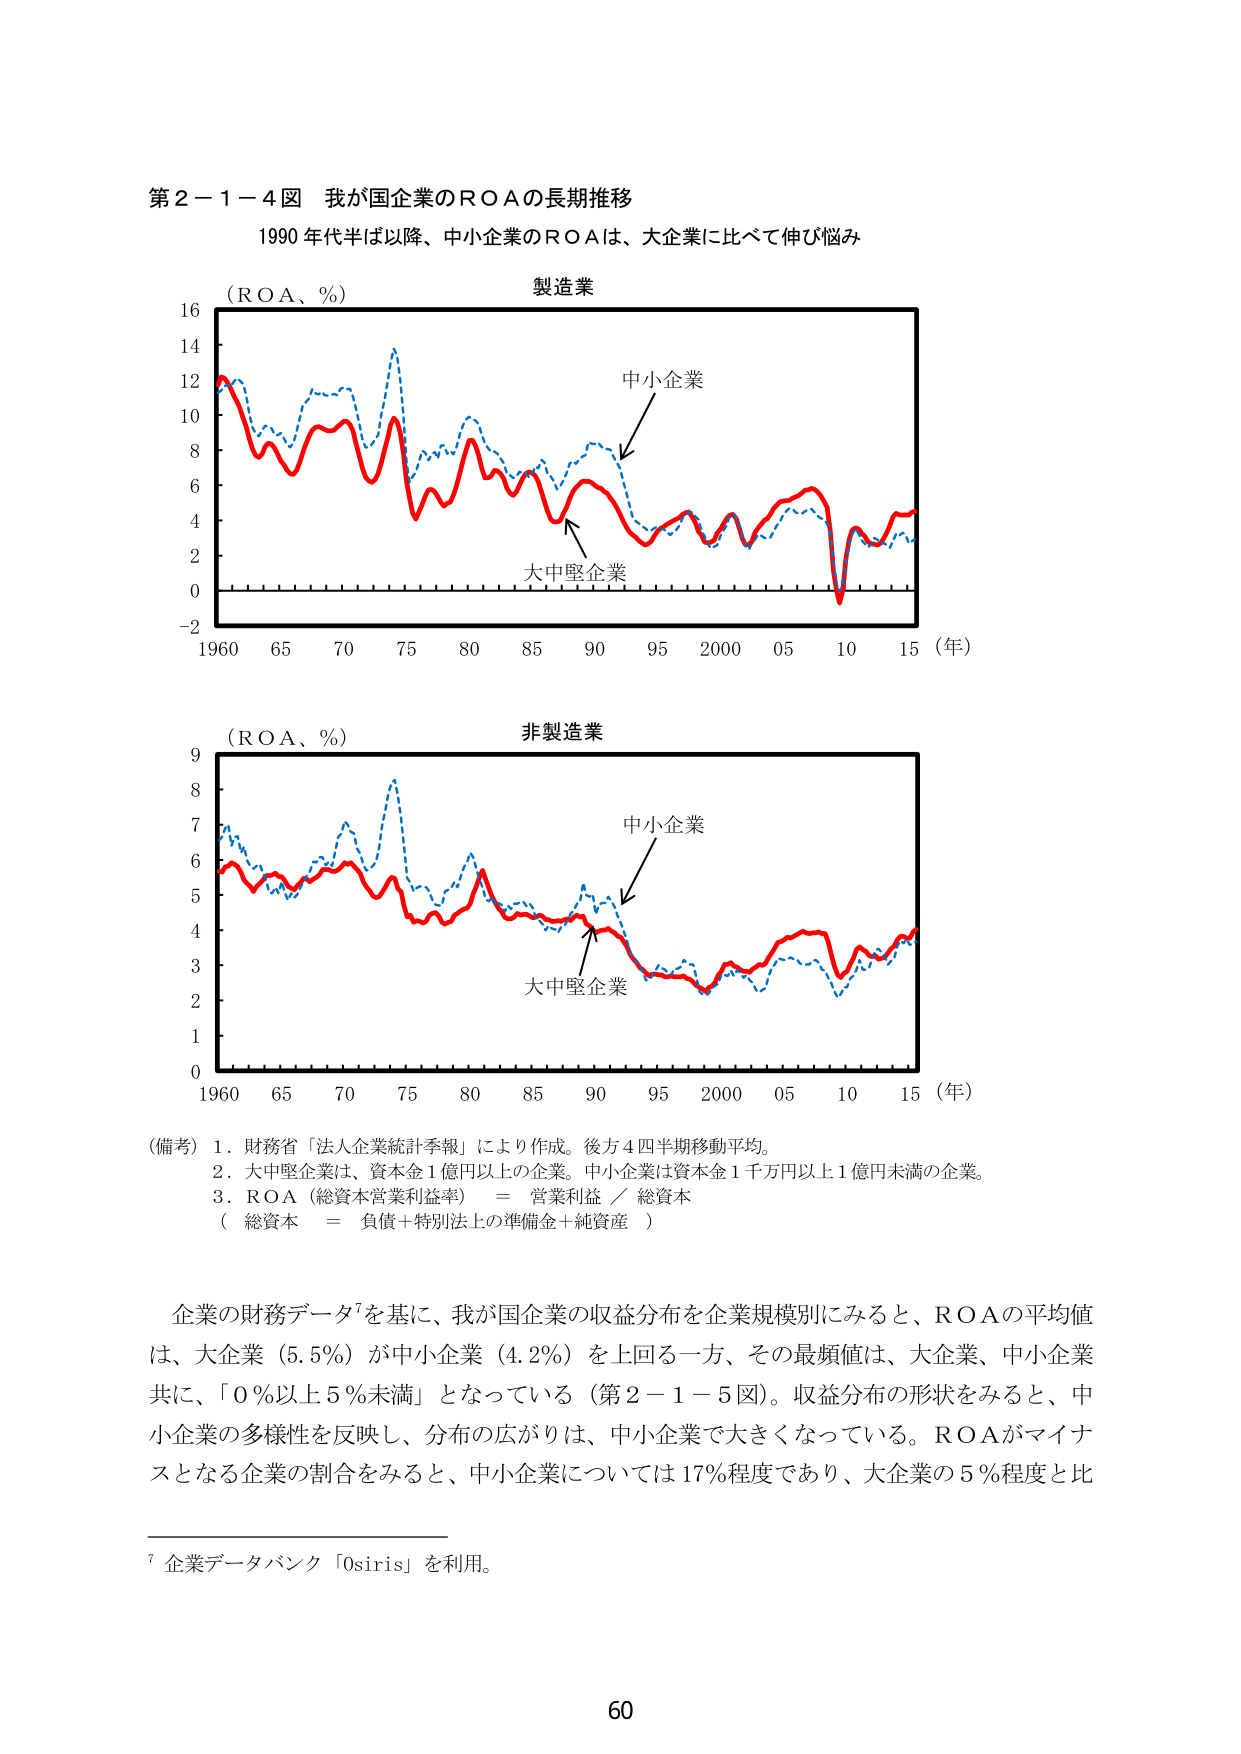
第２－１－４図 我が国企業のＲＯＡの長期推移
1990年代半ば以降、中小企業のＲＯＡは、大企業に比べて伸び悩み

（ＲＯＡ、％）
製造業
中小企業
大中堅企業
16
14
12
10
8
6
4
2
0
-2
1960 65 70 75 80 85 90 95 2000 05 10 15（年）

（ＲＯＡ、％）
非製造業
中小企業
大中堅企業
9
8
7
6
5
4
3
2
1
0
1960 65 70 75 80 85 90 95 2000 05 10 15（年）

（備考）1．財務省「法人企業統計季報」により作成。後方4四半期移動平均。
2．大中堅企業は、資本金1億円以上の企業。中小企業は資本金1千万円以上1億円未満の企業。
3．ＲＯＡ（総資本営業利益率）＝営業利益／総資本
（総資本＝負債＋特別法上の準備金＋純資産）

企業の財務データ⁷を基に、我が国企業の収益分布を企業規模別にみると、ＲＯＡの平均値は、大企業（5.5％）が中小企業（4.2％）を上回る一方、その最頻値は、大企業、中小企業共に、「0％以上5％未満」となっている（第2－1－5図）。収益分布の形状をみると、中小企業の多様性を反映し、分布の広がりは、中小企業で大きくなっている。ＲＯＡがマイナスとなる企業の割合をみると、中小企業については17％程度であり、大企業の5％程度と比

⁷企業データバンク「Osiris」を利用。

60